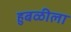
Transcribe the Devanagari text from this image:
हुबळीला